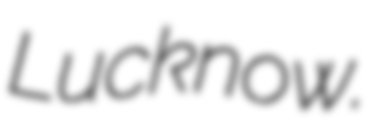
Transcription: Lucknow.